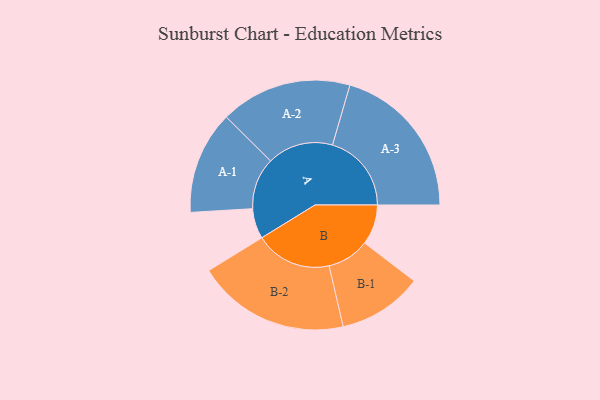
{"axis": {"x": "Segment", "y": "Value"}, "legend": ["", "A", "B"], "data": [{"x": "A", "y": 108, "type": ""}, {"x": "B", "y": 143, "type": ""}, {"x": "A-1", "y": 184, "type": "A"}, {"x": "A-2", "y": 235, "type": "A"}, {"x": "A-3", "y": 282, "type": "A"}, {"x": "B-1", "y": 151, "type": "B"}, {"x": "B-2", "y": 273, "type": "B"}]}